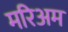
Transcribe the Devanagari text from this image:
मरिअम